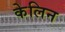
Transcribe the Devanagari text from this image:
केलिन